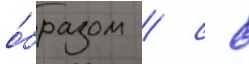
о́бразом / с 8